Report on vaccination in Madras 1877-1894 - 1877-1894
Year: 1877
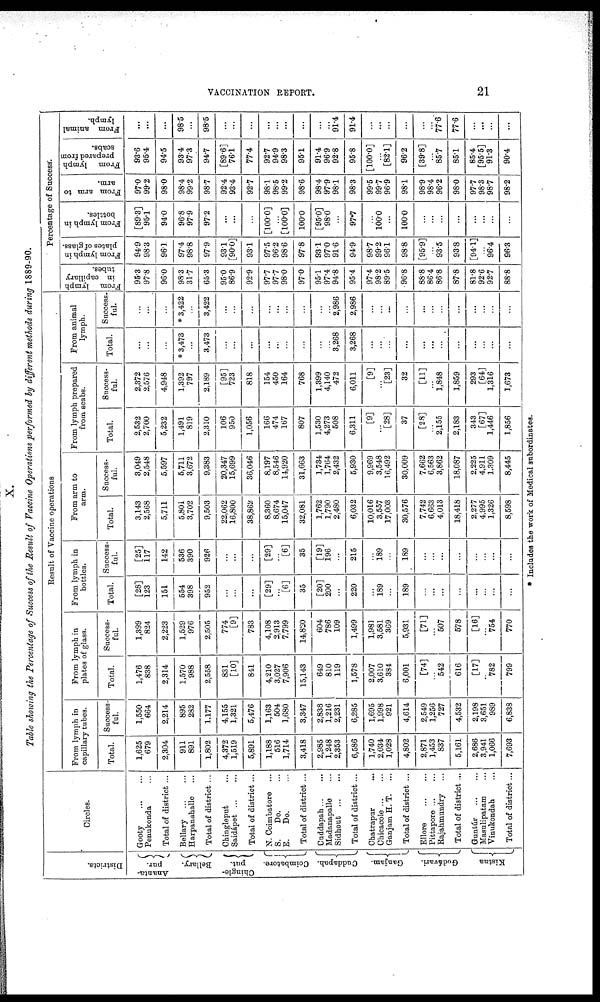
VACCINATION REPORT.
21
X.
Table showing the Percentage of Success of the Result of Vaccine Operations performed by different methods during 1889-90.
Districts.
Ananta¬
pur.
Bellary.
Chingle¬
put.
Coimbatore.
Cuddapah.
Ganjam.
Godávari.
Kistna
Circles.
Gooty
...
...
Penukonda ...
Total of district ...
Bellary
...
...
Harpanahalle ...
Total of district ...
Chingleput ...
Saidápet
...
...
Total of district ...
N. Coimbatore ...
S.
Do. ...
E.
Do. ...
Total of district ...
Cuddapah ... ...
Madanapalle ...
Sidhout
...
...
Total of district ...
Chatrapur ...
Chicacole ... ...
Ganjam H. T. ...
Total of district ...
Ellore
...
...
Pittapore ... ...
Rajahmundry ...
Total of district ...
Guntúr
...
...
Masulipatam ...
Vinukondah ...
Total of district...
Result of Vaccine operations
From lymph in
capillary tubes.
Total.
1,625
679
2,304
911
891
1,802
4,372
1,519
5,891
1,188
516
1,714
3,418
2,985
1,248
2,353
6,586
1,740
2,034
1,028
4,802
2,871
1,453
837
5,161
2,686
3,941
1,066
7,693
Success-
ful.
1,550
664
2,214
895
282
1,177
4,155
1,321
5,476
1,163
504
1,680
3,347
2,838
1,216
2,231
6,285
1,695
1,998
921
4,614
2,549
1,256
727
4,532
2,198
3,651
989
6,838
From lymph in
plates of glass.
Total.
1,476
838
2,314
1,570
988
2,558
831
[10]
841
4,210
3,027
7,906
15,143
649
810
119
1,578
2,007
3,610
384
6,001
[74]
...
542
616
[17]
...
782
799
Success-
ful.
1,399
824
2,223
1,529
976
2,505
774
[9]
783
4,108
2,913
7,799
14,820
604
786
109
1,499
1,981
3,581
369
5,931
[71]
...
507
578
[16]
...
754
770
From lymph in
bottles.
Total.
[28]
123
151
554
398
952
...
...
...
[29]
...
[6]
35
[20]
200
...
220
...
189
...
189
...
...
...
...
...
...
...
...
Success-
ful.
[25]
117
142
536
390
926
...
...
...
[29]
...
[6]
35
[19]
196
...
215
...
189
...
189
...
...
...
...
...
...
...
...
From arm to
arm.
Total.
3,143
2,568
5,711
5,801
3,702
9,503
22,062
16,800
38,862
8,360
8,674
15,047
32,081
1,762
1,790
2,480
6,032
10,016
3,557
17,003
30,576
7,742
6,663
4,013
18,418
2,277
4,995
1,326
8,598
Success-
ful.
3,049
2,548
5,597
5,711
3,672
9,383
20,347
15,699
36,046
8,197
8,546
14,920
31,663
1,734
1,764
2,432
5,930
9,969
3,548
16,492
30,009
7,662
6,563
3,862
18,087
2,225
4,911
1,309
8,445
From lymph prepared
from scabs.
Total.
2,532
2,700
5,232
1,491
819
2,310
106
950
1,056
166
474
167
807
1,530
4,273
508
6,311
[9]
...
[28]
37
[28]
...
2,155
2,183
343
[67]
1,446
1,856
Success-
ful.
2,372
2,576
4,948
1,392
797
2,189
[95]
723
818
154
450
164
768
1,399
4,140
472
6,011
[9]
...
[23]
32
[11]
...
1,848
1,859
293
[64]
1,316
1,673
From animal
lymph.
Total.
...
...
...
* 3,473
...
3,473
...
...
...
...
...
...
...
...
...
3,268
3,268
...
...
...
...
...
...
...
...
...
...
...
...
Success-
ful.
...
...
...
* 3,422
...
3,422
...
...
...
...
...
...
...
...
...
2,986
2,986
...
...
...
...
...
...
...
...
...
...
...
...
Percentage of Success.
From lymph
in capillary
tubes.
95.3
97.8
96.0
98.3
31.7
65.3
95.0
86.9
92.9
97.7
97.7
98.0
97.0
95.1
97.4
94.8
95.4
97.4
98.2
89.5
96.8
88.8
86.4
86.8
87.8
81.8
92.6
92.7
88.8
From lymph in
plates of glass.
94.9
98.3
96.1
97.4
98.8
97.9
93.1
[90.0]
93.1
97.5
96.2
98.6
97.8
93.1
97.0
91.6
94.9
98.7
99.2
96.1
98.8
[95.9]
...
93.5
93.8
[94.1]
...
96.4
96.3
From lymph in
bottles.
[89.3]
95.1
94.0
96.8
97.9
97.2
...
...
...
[100.0]
...
[100.0]
100.0
[95.0]
98.0
...
97.7
...
100.0
...
100.0
...
...
...
...
...
...
...
...
From arm to
arm.
97.0
99.2
98.0
98.4
99.2
98.7
92.4
93.4
92.7
98.1
98.5
99.2
98.6
98.4
97.9
98.1
98.3
99.5
99.7
96.9
98.1
98.9
98.4
96.2
98.0
97.7
98.3
98.7
98.2
From lymph
prepared from
scabs.
93.6
95.4
94.5
93.4
97.3
94.7
[89.6]
76.1
77.4
92.7
94.9
98.3
95.1
91.4
96.9
92.8
95.8
[100.0]
...
[82.1]
96.2
[39.8]
...
85.7
85.1
85.4
[95.5]
91.3
90.4
From animal
lymph.
...
...
...
98.5
...
98.5
...
...
...
...
...
...
...
...
...
91.4
91.4
...
...
...
...
...
...
77.6
77.6
...
...
...
...
* Includes the work of Medical subordinates.